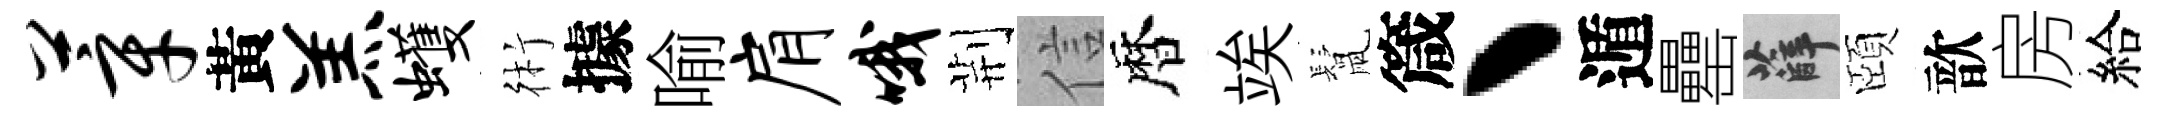
莘黃羔蠖術據喻肩哦荆信暦竢鬛箴丶遁罍薛頤歆房給